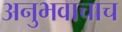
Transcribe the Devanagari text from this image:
अनुभवाचाच